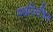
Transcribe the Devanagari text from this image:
मंखविरचित